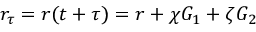
r _ { \tau } = r ( t + \tau ) = r + \chi G _ { 1 } + \zeta G _ { 2 }